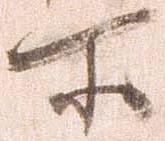
所